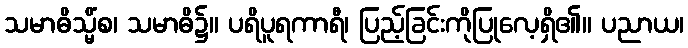
သမာဓိသ္မိံစ၊ သမာဓိ၌။ ပရိပူရကာရီ၊ ပြည့်ခြင်းကိုပြုလေ့ရှိ၏။ ပညာယ၊